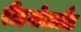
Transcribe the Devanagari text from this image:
रीडगोटालैंड